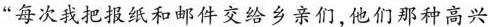
“每次我把报纸和邮件交给乡亲们，他们那种高兴